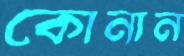
কোনান